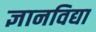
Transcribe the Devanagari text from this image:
ज्ञानविद्या